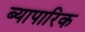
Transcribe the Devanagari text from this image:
ब्यापारिक